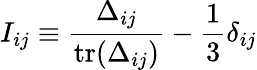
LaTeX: I_{ij}\equiv\frac{\Delta_{ij}}{\mathrm{tr}(\Delta_{ij})}-\frac{1}{3}\delta_{ij}